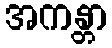
အကန္တာ